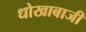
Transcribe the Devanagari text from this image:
धोखाबाजी